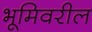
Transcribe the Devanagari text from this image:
भूमिवरील